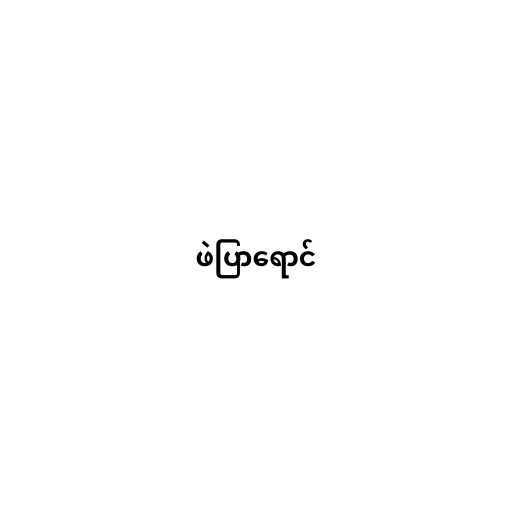
ဖဲပြာရောင်